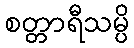
စတ္တာရီသမ္ပိ